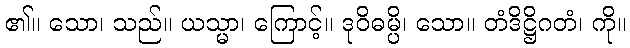
၏။ သော၊ သည်။ ယသ္မာ၊ ကြောင့်။ ဒုဝိဓမ္ပိ၊ သော။ တံဒိဋ္ဌိဂတံ၊ ကို။